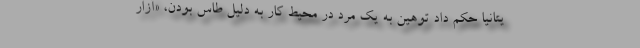
یتانیا حکم داد توهین به یک مرد در محیط کار به دلیل طاس بودن، «آزار